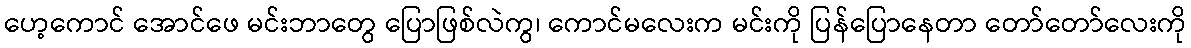
ဟေ့ကောင် အောင်ဖေ မင်းဘာတွေ ပြောဖြစ်လဲကွ၊ ကောင်မလေးက မင်းကို ပြန်ပြောနေတာ တော်တော်လေးကို